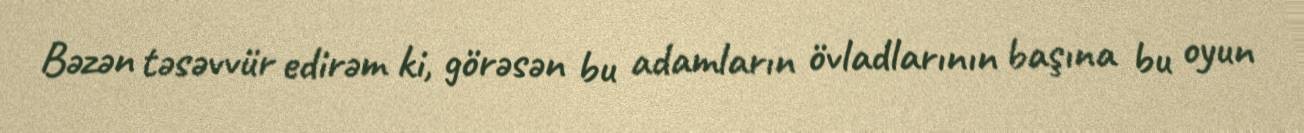
Bəzən təsəvvür edirəm ki, görəsən bu adamların övladlarının başına bu oyun